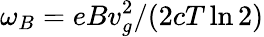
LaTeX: {\omega_{B}=eBv_{g}^{2}/(2cT\ln 2)}